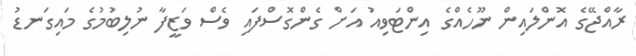
ރާއްޖޭގެ އޮންލައިން ނޫހެއްގެ އިންޓަވިއު އަށް ގެންގޮސްފައި ވެސް ވަޒީފާ ނުލިބުމުގެ މައިގަނޑު